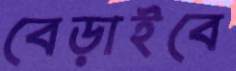
বেড়াইবে